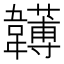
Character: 𩏯